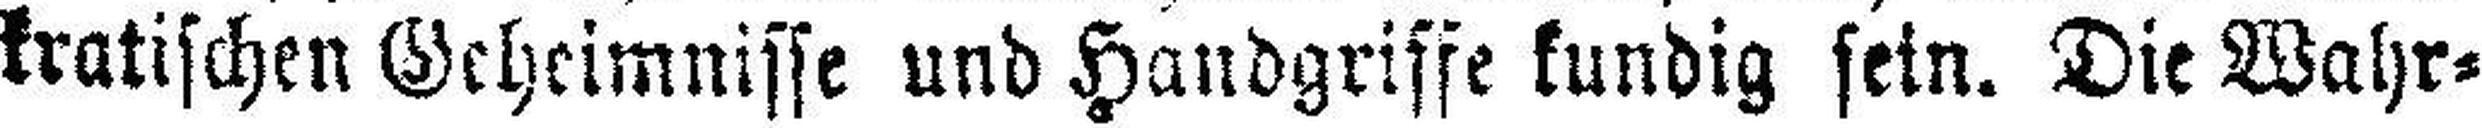
kratischen Geheimnisse und Handgriffe kundig sein. Die Wahr¬